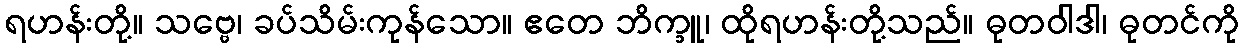
ရဟန်းတို့။ သဗ္ဗေ၊ ခပ်သိမ်းကုန်သော။ ဧတေ ဘိက္ခူ၊ ထိုရဟန်းတို့သည်။ ဓုတဝါဒါ၊ ဓုတင်ကို